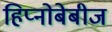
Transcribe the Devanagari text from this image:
हिप्नोबेबीज